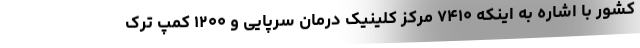
کشور با اشاره به اینکه ۷۴۱۰ مرکز کلینیک درمان سرپایی و ۱۲۰۰ کمپ ترک